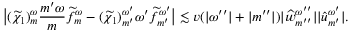
\big | ( \widetilde { \chi } _ { 1 } ) _ { m } ^ { \omega } \frac { { m ^ { \prime } } \omega } { m } \widetilde { f } _ { m } ^ { \omega } - ( \widetilde { \chi } _ { 1 } ) _ { m ^ { \prime } } ^ { \omega ^ { \prime } } { \omega ^ { \prime } } \widetilde { f } _ { m ^ { \prime } } ^ { \omega ^ { \prime } } \big | \lesssim v ( | \omega ^ { \prime \prime } | + | { m ^ { \prime \prime } } | ) | \widehat { w } _ { { m ^ { \prime \prime } } } ^ { \omega ^ { \prime \prime } } | | { \widehat { u } } _ { m ^ { \prime } } ^ { \omega ^ { \prime } } | .